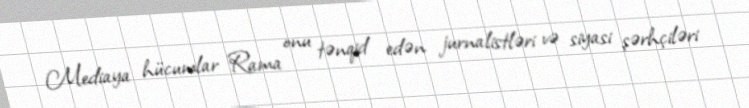
Mediaya hücumlar Rama onu tənqid edən jurnalistləri və siyasi şərhçiləri